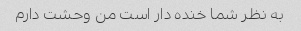
به نظر شما خنده دار است من وحشت دارم